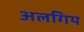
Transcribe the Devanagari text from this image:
अलगिय